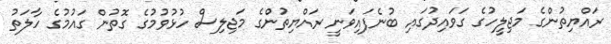
ރައްޔިތުންގެ މަޖިލީހުގެ ގަވައިދުގައި ބުނެފައިވަނީ ރައްޔިތުންގެ މަޖިލިސް ހުޅުވުމުގެ ގޮތުން ގައުމުގެ ހާލަތު